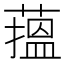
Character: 𦻲